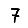
Digit: 7